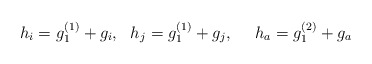
\begin{align*}h_i=g_1^{(1)}+g_i,\ \ h_j=g_1^{(1)}+g_j,\ \ \ \ h_a=g_1^{(2)}+g_a\end{align*}